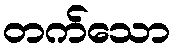
တက်သော